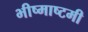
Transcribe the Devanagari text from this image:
भीष्माष्टमी